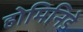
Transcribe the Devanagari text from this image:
होमिनिडे